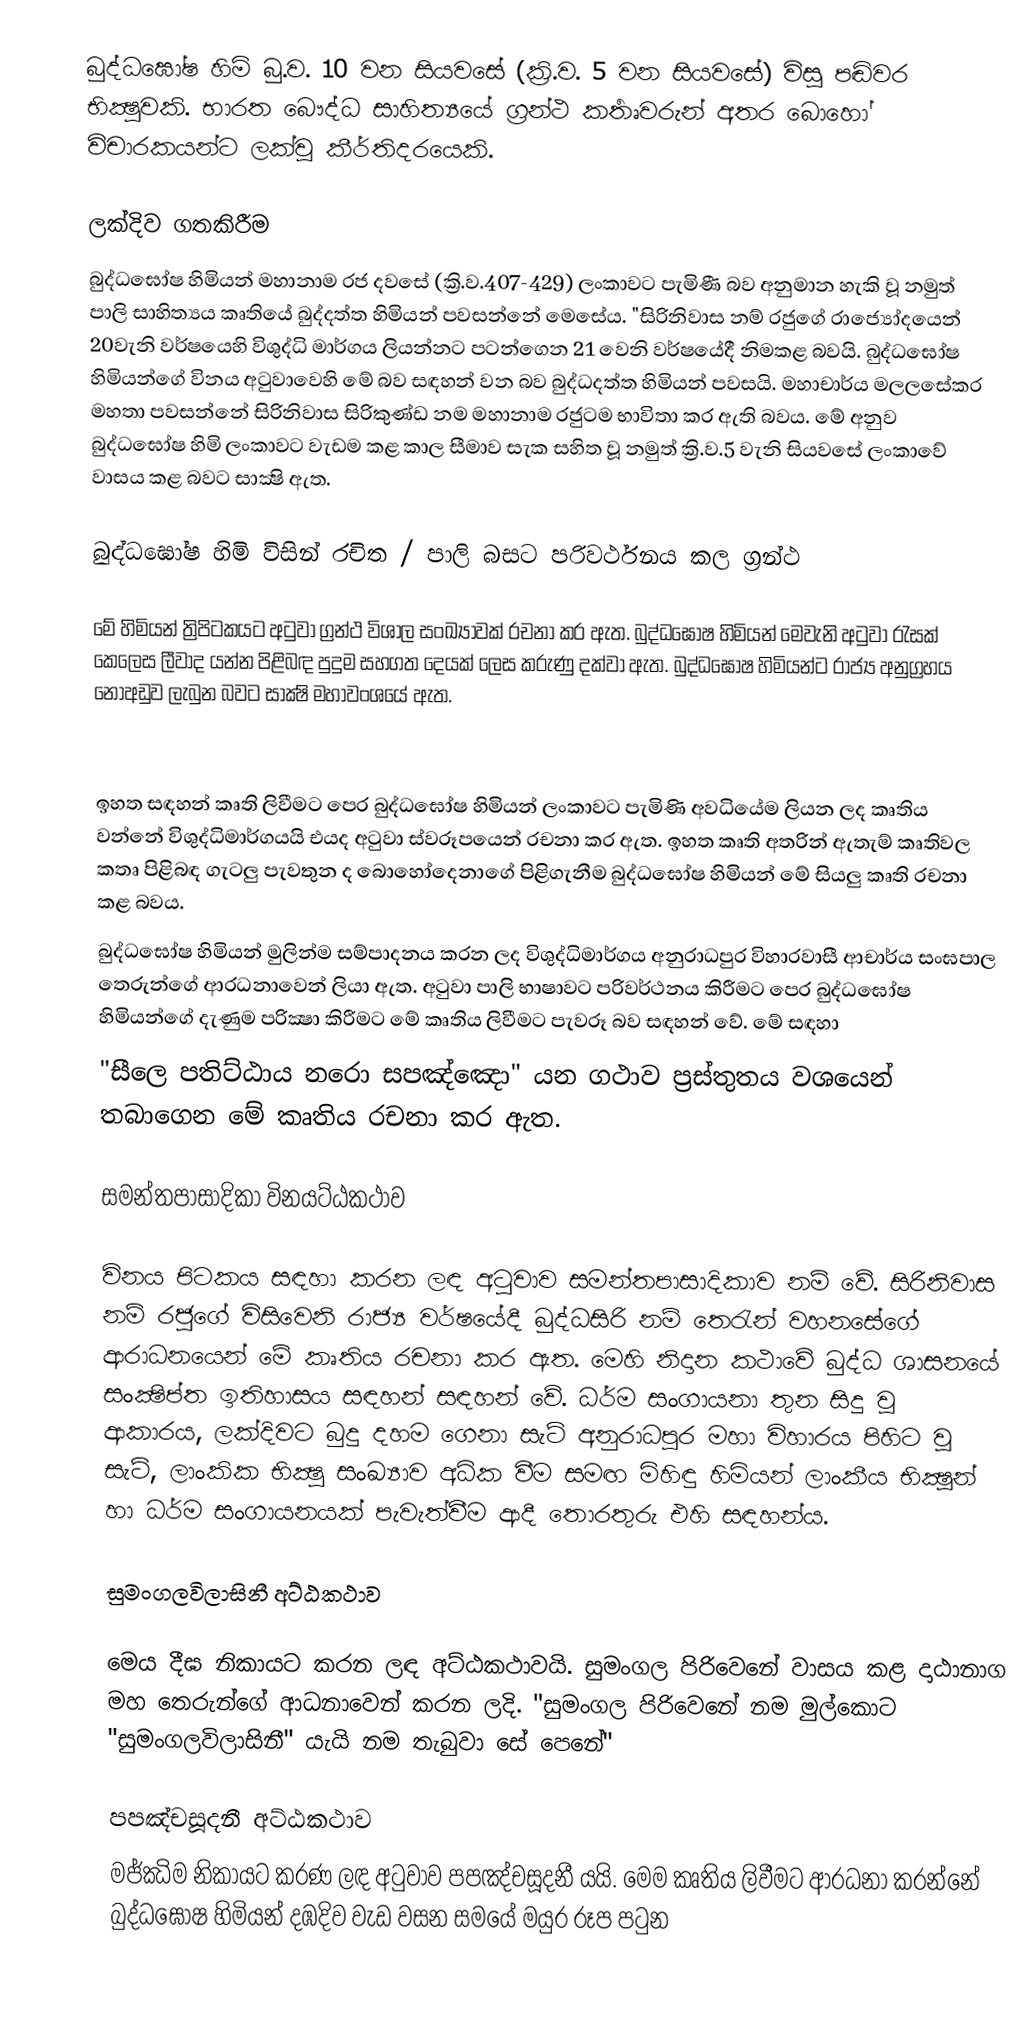
බුද්ධඝෝෂ හිමි බු.ව. 10 වන සියවසේ (ක්‍රි.ව. 5 වන සියවසේ) විසූ පඬිවර භික්‍ෂුවකි. භාරත බෞද්ධ සාහිත්‍යයේ ග්‍රන්ථ කර්‍තෘවරුන් අතර බොහෝ විචාරකයන්ට ලක්වූ කීර්තිදරයෙකි.

ලක්දිව ගතකිරීම
බුද්ධඝෝෂ හිමියන් මහානාම රජ දවසේ (ක්‍රි.ව.407-429) ලංකාවට පැමිණී බව අනුමාන හැකි වූ නමුත් පාලි සාහිත්‍යය කෘතියේ බුද්දත්ත හිමියන් පවසන්නේ මෙසේය. "සිරිනිවාස නම් රජුගේ  රාජ්‍යෝද‍යෙන් 20වැනි වර්ෂයෙහි විශුද්ධි මාර්ගය ලියන්නට පටන්ගෙන 21 වෙනි වර්ෂයේදී නිමකළ බවයි.  බුද්ධඝෝෂ හිමියන්ගේ විනය අටුවා‍වෙහි මේ බව සඳහන් වන බව බුද්ධදත්ත හිමියන් පවසයි. මහාචාර්ය මලලසේකර මහතා පවසන්නේ සිරිනිවාස සිරිකුණ්ඩ නම මහානාම රජුටම භාවිතා කර ඇති බවය. මේ අනුව බුද්ධඝෝෂ හිමි ලංකාවට වැඩම කළ කාල සීමාව සැක සහිත වූ නමුත් ක්‍රි.ව.5 වැනි සියවසේ ලංකාවේ වාසය කළ බවට සාක්‍ෂි ඇත.

බුද්ධඝෝෂ හිමි විසින් රචිත / පාලි බසට පරිවර්ථනය කල ග්‍රන්ථ

මේ හිමියන් ත්‍රිපිටකයට අටුවා ග්‍රන්ථ විශාල සංඛ්‍යාවක් රචනා කර ඇත. බුද්ධඝෝෂ හිමියන් මෙවැනි අටුවා රැසක් කෙලෙස ලීවාද යන්න පිළිබඳ පුදුම සහගත දෙයක් ලෙස කරුණු දක්වා ඇත. බුද්ධඝෝෂ හිමියන්ට රාජ්‍ය අනුග්‍රහය නොඅඩුව ලැබුන බවට සාක්‍ෂි මහාවංශයේ ඇත.

ඉහත සඳහන් කෘති ලිවීමට පෙ‍ර බුද්ධඝෝෂ හිමියන් ලංකාවට පැමිණි අවධියේම ලි‍යන ලද කෘතිය වන්නේ විශුද්ධිමාර්ගයයි එයද අටුවා ස්වරූපයෙන් රචනා කර ඇත. ඉහත කෘති අතරින් ඇතැම් කෘතිවල කතෘ පිළිබඳ ගැටලු පැවතුන ද බොහෝදෙනාගේ පිළිගැනීම බුද්ධඝෝෂ හිමියන් මේ සියලු කෘති රචනා කළ බවය.
බුද්ධඝෝෂ හිමියන් මුලින්ම සම්පාදනය කරන ලද විශුද්ධිමාර්ගය අනුරාධපුර විහාරවාසී ආචාර්ය සංඝපාල තෙරුන්ගේ ආරධනාවෙන් ලියා ඇත. අටුවා පාලි භාෂාවට පරිවර්ථනය කිරීමට පෙර බුද්ධඝෝෂ හිමියන්ගේ දැණුම පරික්‍ෂා කිරීමට මේ කෘතිය ලිවීමට පැවරූ බව සඳහන් වේ. මේ සඳහා
"සීලෙ පතිට්ඨාය නරො සපඤ්ඤො" යන ගථාව ප්‍රස්තුතය වශයෙන් තබාගෙන මේ කෘතිය රචනා කර ඇත.

සමන්තපාසාදිකා විනයට්ඨකථාව

විනය පිටකය සඳහා කරන ලඳ අටුවාව සමන්තපාසාදිකාව නම් වේ. සිරිනිවාස නම් රජුගේ විසිවෙනි රාජ්‍ය වර්ෂයේදී බුද්ධසිරි නම් තෙරැන් වහනසේගේ ආරාධනයෙන් මේ කෘතිය රචනා කර ඇත. මෙහි නිදාන කථාවේ බුද්ධ ශාසනයේ සංක්‍ෂිප්ත ඉතිහාසය සඳහන් සඳහන් වේ. ධර්ම සංගායනා තුන සිදු වූ ආකාරය, ලක්දිවට බුදු දහම ගෙනා සැටි අනුරාධපුර මහා විහාරය පිහිට වූ සැටි, ලාංකික භික්‍ෂු සංඛ්‍යාව අධික වීම සමඟ මිහිඳු හිමියන් ලාංකීය භික්‍ෂූන් හා ධර්ම සංගායනයක් පැවැත්වීම ආදී තොරතුරු එහි සඳහන්ය.

සුමංගලවිලාසිනී අට්ඨකථාව

මෙය දීඝ නිකා‍යට කරන ලඳ අට්ඨකථාවයි. සුමංගල පිරිවෙ‍නේ වාසය කළ දාඨානාග මහ තෙරුන්ගේ ආධනාවෙන් කරන ලදි. "සුමංගල පිරිවෙනේ නම මුල්කොට "සුමංගලවිලාසිනී" යැයි නම තැබුවා සේ පෙනේ"

පපඤ්චසූදනී අට්ඨකථාව
මජ්ඣිම නිකායට කරණ ලඳ අටුවාව පපඤ්චසූදනී යයි. මෙම කෘතිය ලිවීමට ආරධනා කරන්නේ බුද්ධඝෝෂ හිමියන් දඹදිව වැඩ වසන සමයේ මයුර රූප පටුන